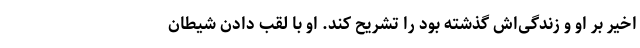
اخیر بر او و زندگی‌اش گذشته بود را تشریح کند. او با لقب دادن شیطان